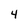
Character: 4